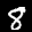
Label: 8